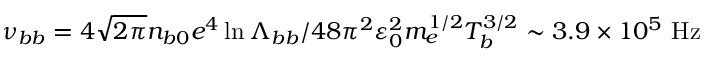
\nu _ { b b } = 4 \sqrt { 2 \pi } n _ { b 0 } e ^ { 4 } \ln \Lambda _ { b b } / 4 8 \pi ^ { 2 } \varepsilon _ { 0 } ^ { 2 } m _ { e } ^ { 1 / 2 } T _ { b } ^ { 3 / 2 } \sim 3 . 9 \times 1 0 ^ { 5 } \ \mathrm { H z }